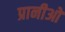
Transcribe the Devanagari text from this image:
प्रानीओ